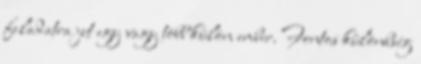
feladatra jut egy vagy több külön ember. Fontos különbség